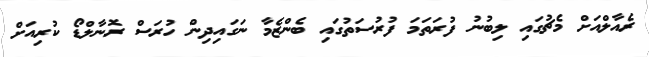
ރެއާލްއަށް މެޗުގައި ލިބުނު ފުރަތަމަ ފުރުސަތުގައި ބެންޒެމާ ނަގައިދިން ހުރަސް ރޮނާލްޑޯ ކުރިއަށް